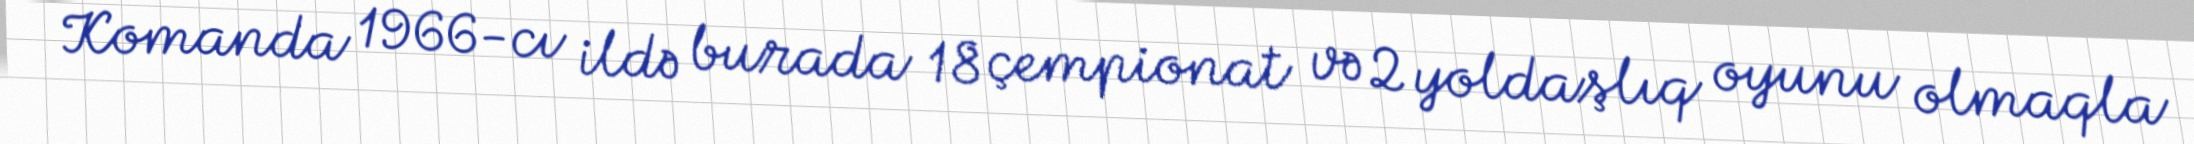
Komanda 1966-cı ildə burada 18 çempionat və 2 yoldaşlıq oyunu olmaqla